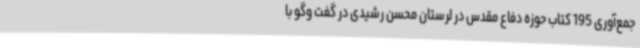
جمع‌آوری 195 کتاب حوزه دفاع مقدس در لرستان محسن رشیدی در گفت وگو با